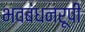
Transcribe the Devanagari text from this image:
भवबंधनरूपी